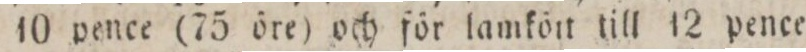
10 pence (75 öre) och för lamkört till 12 pence